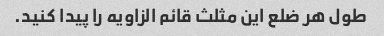
طول هر ضلع این مثلث قائم الزاویه را پیدا کنید.